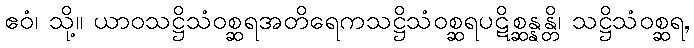
ဧဝံ၊ သို့။ ယာဝသဋ္ဌိသံဝစ္ဆရအတိရေကသဋ္ဌိသံဝစ္ဆရပဋိစ္ဆန္နန္တိ၊ သဋ္ဌိသံဝစ္ဆရ,